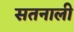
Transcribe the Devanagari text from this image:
सतनाली